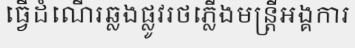
ធ្វើដំណើរឆ្លងផ្លូវរថភ្លើងមន្ត្រីអង្គការ